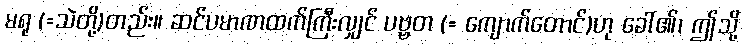
မရု (=သဲတို့)တည်း။ ဆင်ပမာဏထက်ကြီးလျှင် ပဗ္ဗတ (= ကျောက်တောင်)ဟု ခေါ်၏၊ ဤသို့